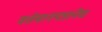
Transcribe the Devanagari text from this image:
वर्तमानपत्रानेच